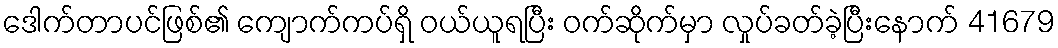
ဒေါက်တာပင်ဖြစ်၏ ကျောက်ကပ်ရှိ ဝယ်ယူရပြီး ဝက်ဆိုက်မှာ လှုပ်ခတ်ခဲ့ပြီးနောက် 41679